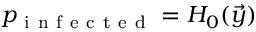
p _ { \mathrm { ~ i ~ n ~ f ~ e ~ c ~ t ~ e ~ d ~ } } = H _ { 0 } ( \vec { y } )